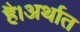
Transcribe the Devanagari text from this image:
है।अर्थात